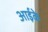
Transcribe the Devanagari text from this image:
आईके